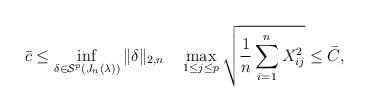
LaTeX: \begin{align*}\bar c\leq \inf_{\delta\in \mathcal S^p(J_n(\lambda))}\|\delta\|_{2,n}\quad\max_{1\leq j\leq p}\sqrt{\frac{1}{n}\sum_{i=1}^n X_{i j}^2} \leq \bar C,\end{align*}